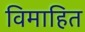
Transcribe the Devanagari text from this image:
विमाहित